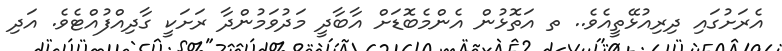
އެރަށުގައި ދިރިއުޅޭތީއެވެ.. ތ އަތޮޅުން އެންމެބޮޑަށް އާބާދީ މަދުވަމުންދާ ރަށަކީ ގާދިއްފުއްޓެވެ. އަދި